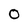
Character: 0